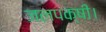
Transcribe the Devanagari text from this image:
जलपक्षी।